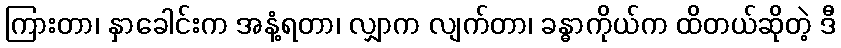
ကြားတာ၊ နှာခေါင်းက အနံ့ရတာ၊ လျှာက လျက်တာ၊ ခန္ဓာကိုယ်က ထိတယ်ဆိုတဲ့ ဒီ